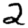
Digit: 2